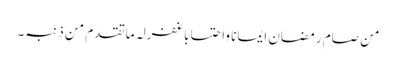
من صام رمضان ایمانا واحتسابا غفرلہ ماتقدم من ذنبہ۔